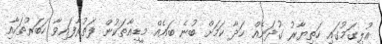
އުލިގަމުގައި ހަތިޔާރު ގުދަނެއް ހަދާ ކަމަށް ބުނެ ބައެއް މީޑިއާތަކުން ފަތުރާފައިވާ ހަބަރުތަކާއި